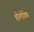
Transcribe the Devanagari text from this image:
होलोडेक